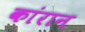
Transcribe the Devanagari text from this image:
कांरान